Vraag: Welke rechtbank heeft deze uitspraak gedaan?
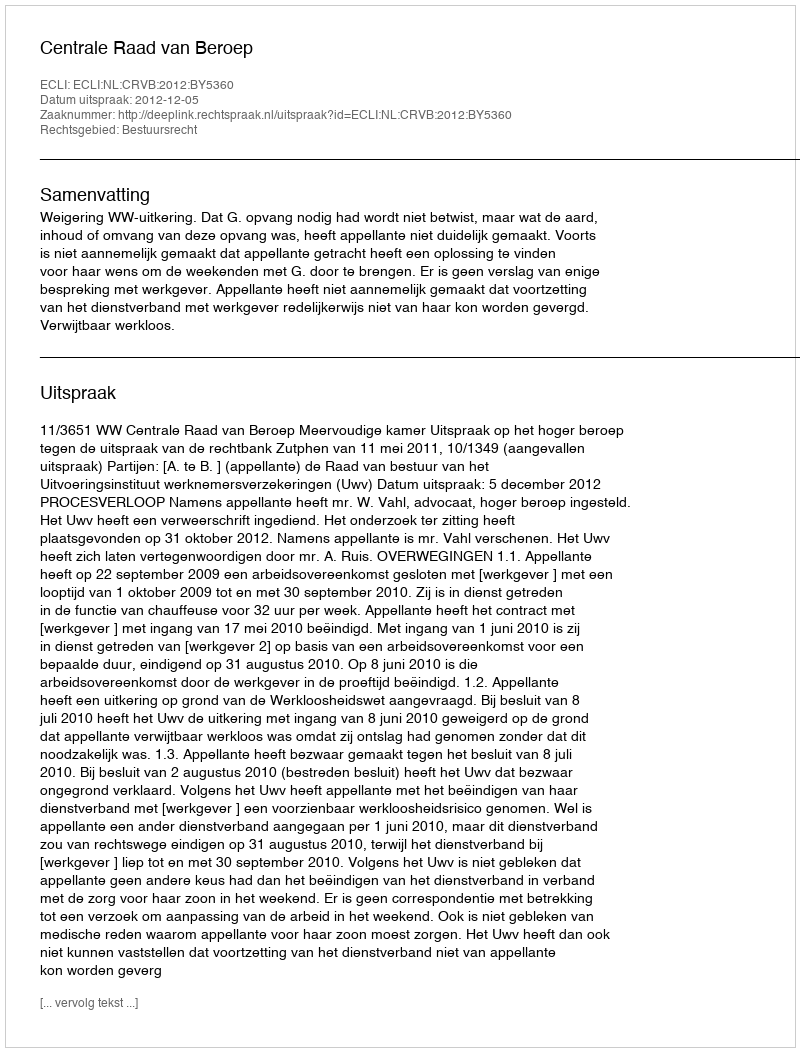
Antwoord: Centrale Raad van Beroep